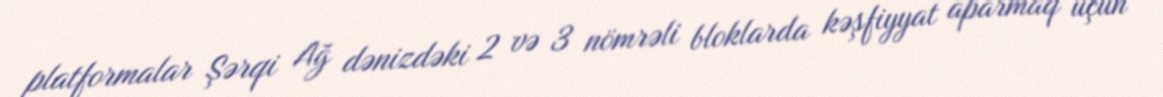
platformalar Şərqi Ağ dənizdəki 2 və 3 nömrəli bloklarda kəşfiyyat aparmaq üçün